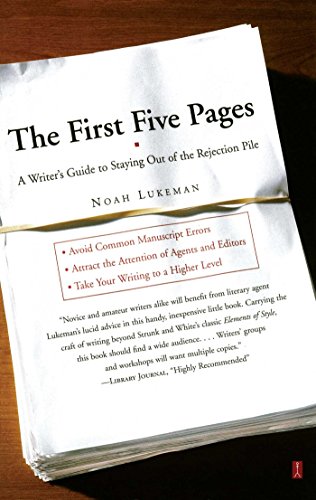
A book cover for The First Five Pages: A Writer's Guide To Staying Out of the Rejection Pile; Noah Lukeman; Reference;